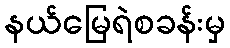
နယ်မြေရဲစခန်းမှ